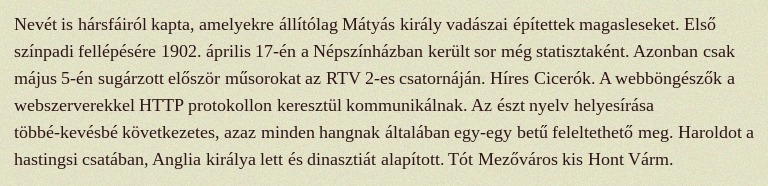
Nevét is hársfáiról kapta, amelyekre állítólag Mátyás király vadászai építettek magasleseket. Első színpadi fellépésére 1902. április 17-én a Népszínházban került sor még statisztaként. Azonban csak május 5-én sugárzott először műsorokat az RTV 2-es csatornáján. Híres Cicerók. A webböngészők a webszerverekkel HTTP protokollon keresztül kommunikálnak. Az észt nyelv helyesírása többé-kevésbé következetes, azaz minden hangnak általában egy-egy betű feleltethető meg. Haroldot a hastingsi csatában, Anglia királya lett és dinasztiát alapított. Tót Mezőváros kis Hont Várm.